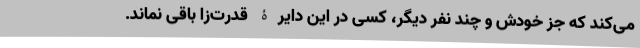
می‌کند که جز خودش و چند نفر دیگر، کسی در این دایرۀ قدرت‌زا باقی نماند.